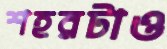
শহরটাও